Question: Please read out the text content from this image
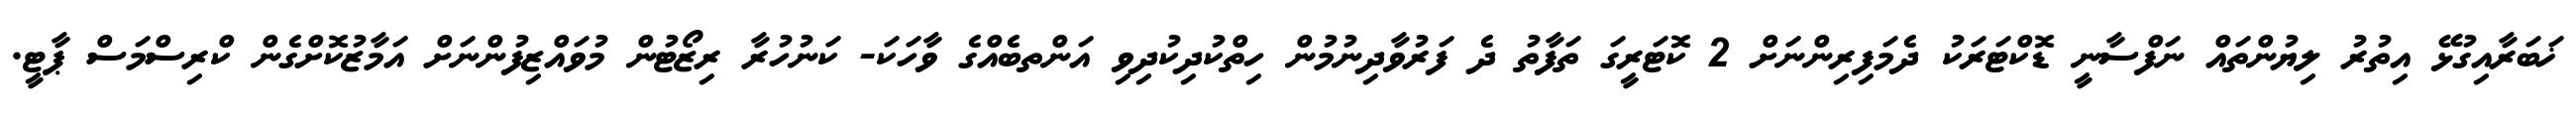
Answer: ޚަބަރާއިގުޅޭ އިތުރު ލިޔުންތައް ނަފްސާނީ ޑޮކްޓަރަކު ދެމަފިރިންނަށް 2 ކޮޓަރީގަ ތަފާތު ދެ ފަރުވާދިނުމުން ހިތްކުދިކުދިވި އަންތބެއްގެ ވާހަކަ- ކަނުހުރާ ރިޒޯޓުން މުވައްޒިފުންނަށް އަމާޒުކޮށްގެން ކްރިސްމަސް ޕާޓީ.